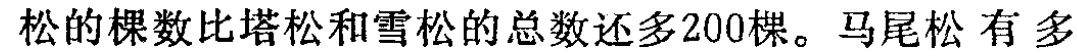
松的棵数比塔松和雪松的总数还多200棵。马尾松 有 多